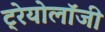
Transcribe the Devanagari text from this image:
ट्रेयोलॉजी